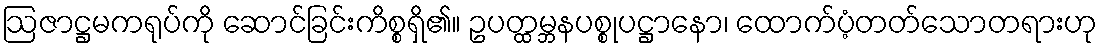
ဩဇာဋ္ဌမကရုပ်ကို ဆောင်ခြင်းကိစ္စရှိ၏။ ဥပတ္ထမ္ဘနပစ္စုပဋ္ဌာနော၊ ထောက်ပံ့တတ်သောတရားဟု